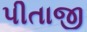
પીતાજી